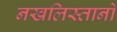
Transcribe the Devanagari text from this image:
नखलिस्तानों